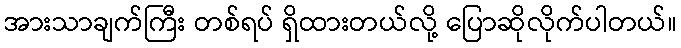
အားသာချက်ကြီး တစ်ရပ် ရှိထားတယ်လို့ ပြောဆိုလိုက်ပါတယ်။